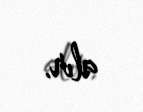
alır.